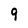
Character: 9